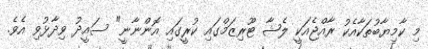
މި ކާމިޔާބުތަކާއެކު ރާއްޖެއަކީ ލެޝާ ޓޫރިޒަމްގައި ކުރީގައި އޮންނާނީ" ސައީދު ވިދާޅުވި އެވެ.